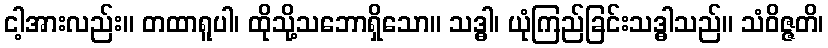
ငါ့အားလည်း။ တထာရူပါ၊ ထိုသို့သဘောရှိသော။ သဒ္ဓါ၊ ယုံကြည်ခြင်းသဒ္ဓါသည်။ သံဝိဇ္ဇတိ၊